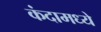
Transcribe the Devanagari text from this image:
कंदामध्ये